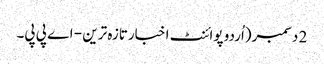
2 دسمبر(اُردو پوائنٹ اخبارتازہ ترین - اے پی پی۔